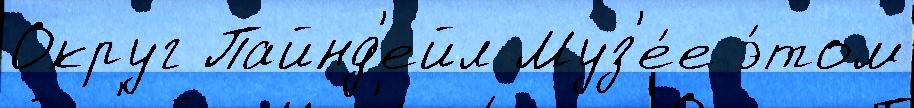
Округ Пайнд'ейл Муз'е́е э́том